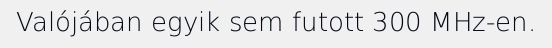
Valójában egyik sem futott 300 MHz-en.